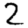
Digit: 2